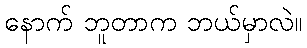
နောက် ဘူတာက ဘယ်မှာလဲ။